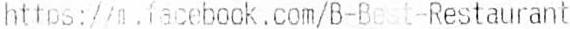
HTTPS://N.FACEBOOK.COM/B-BEST-RESTAURANT